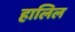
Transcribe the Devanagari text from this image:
हालिल